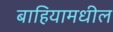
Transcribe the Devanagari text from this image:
बाहियामधील